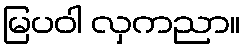
မြပဝါ လှကညာ။